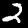
Label: 2